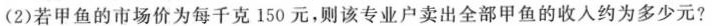
(2)若甲鱼的市场价为每千克150元，则该专业户卖出全部甲鱼的收入约为多少元?